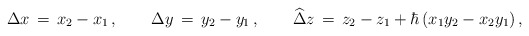
\begin{align*}\Delta x \,=\, x_2-x_1\,,\qquad\Delta y \,=\,y_2-y_1\,,\qquad\widehat\Delta z \,=\, z_2 - z_1 + \hbar\left(x_1 y_2 - x_2 y_1\right),\end{align*}